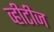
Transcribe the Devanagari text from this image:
व्हीटीज